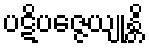
ပဋိပဇ္ဇေယျုန္တိ